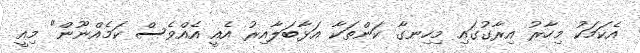
އެކަމަކު މިހާރު އިރާގުގައި މިހިނގާ ކަންތަކާ އަޅާބަލާއިރު އެއީ އެއްވެސް ކަމެއްނޫން" މިއީ